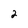
Character: 2